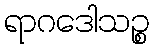
ရာဂဒေါသဉ္စ